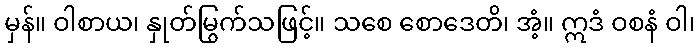
မှန်။ ဝါစာယ၊ နှုတ်မြွက်သဖြင့်။ သစေ စောဒေတိ၊ အံ့။ ဣဒံ ဝစနံ ဝါ၊